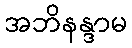
အဘိနန္ဒာမ